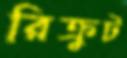
রিক্রুট